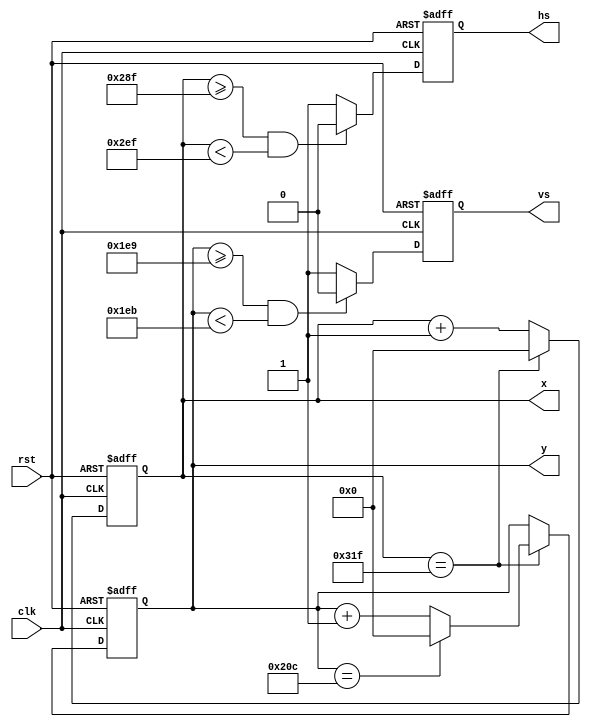
module VGAEngine (
  input clk, rst,
  output reg hs, vs,
  output reg[10:0] x, y
);

// CLK shall be 25.17 MHz or so.
localparam H_RESULOTION = 640,
  H_FRONT_PORCH = 16,
  H_SYNC_PULSE = 96,
  H_BACK_PORCH = 48,
  H_TOTAL = 800; // Shall be sum of all things above.
localparam V_RESULOTION = 480,
  V_FRONT_PORCH = 10,
  V_SYNC_PULSE = 2,
  V_BACK_PORCH = 33,
  V_TOTAL = 525; // Shall be sum of all things above.

always @ (negedge clk, negedge rst) // x param
begin
  if (!rst)
    x = 0;
  else
  begin
    if (x == H_TOTAL - 1)
      x = 0;
    else
      x = x + 1;
  end
end

always @ (negedge clk, negedge rst) // y param
begin
  if (!rst)
    y = 0;
  else
  begin
    if (x == H_TOTAL - 1)
      if (y == V_TOTAL - 1)
        y = 0;
      else
        y = y + 1;
  end
end

always @ (negedge clk, negedge rst) // hs param
begin
  if (!rst)
    hs = 1;
  else
  begin
    if (x >= H_RESULOTION + H_FRONT_PORCH - 1 && x < H_RESULOTION + H_FRONT_PORCH + H_SYNC_PULSE - 1)
      hs = 0;
    else
      hs = 1;
  end
end

always @ (negedge clk, negedge rst) // vs param
begin
  if (!rst)
    vs = 1;
  else
  begin
    if (y >= V_RESULOTION + V_FRONT_PORCH - 1 && y < V_RESULOTION + V_FRONT_PORCH + V_SYNC_PULSE - 1)
      vs = 0;
    else
      vs = 1;
  end
end

endmodule